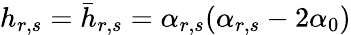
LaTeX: h_{r,s}=\bar{h}_{r,s}=\alpha_{r,s}(\alpha_{r,s}-2\alpha_{0})